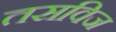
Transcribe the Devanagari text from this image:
तसविज